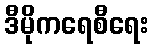
ဒီမိုကရေစီရေး